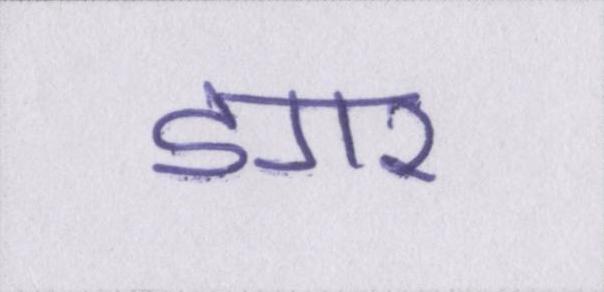
डगर